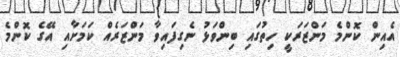
އެއިން ކޮންމެ މަންޒަރަކީ ހިތުގައި ބިންވަޅު ނެގިފައިވާ މަންޒަރެއް ކަމަށާއި އޭގެ ކޮންމެ